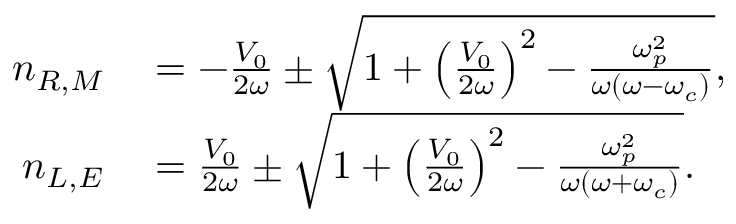
\begin{array} { r l } { n _ { R , M } } & { { } = - \frac { V _ { 0 } } { 2 \omega } \pm \sqrt { 1 + \left( \frac { V _ { 0 } } { 2 \omega } \right) ^ { 2 } - \frac { \omega _ { p } ^ { 2 } } { \omega ( \omega - \omega _ { c } ) } } , } \\ { n _ { L , E } } & { { } = \frac { V _ { 0 } } { 2 \omega } \pm \sqrt { 1 + \left( \frac { V _ { 0 } } { 2 \omega } \right) ^ { 2 } - \frac { \omega _ { p } ^ { 2 } } { \omega ( \omega + \omega _ { c } ) } } . } \end{array}